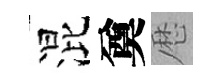
混奠厯